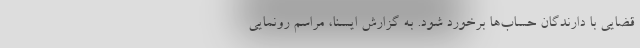
قضایی با دارندگان حساب‌ها برخورد شود. به گزارش ایسنا، مراسم رونمایی